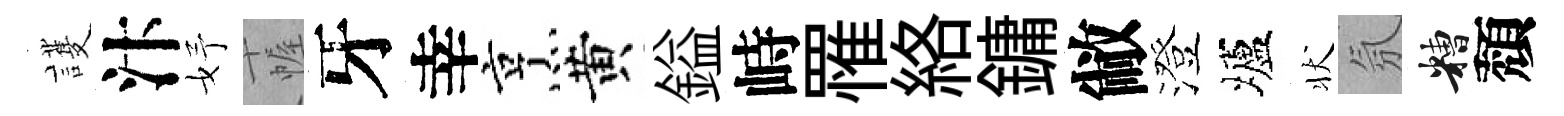
護汴妤幄牙幸烹黄鎰峙罹絡鏞敝澄壚状氛糟頽